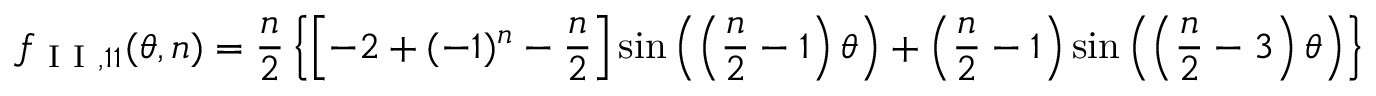
f _ { \mathrm { ~ I ~ I ~ } , 1 1 } ( \theta , n ) = \frac { n } { 2 } \left\{ \left[ - 2 + ( - 1 ) ^ { n } - \frac { n } { 2 } \right] \sin \left( \left( \frac { n } { 2 } - 1 \right) \theta \right) + \left( \frac { n } { 2 } - 1 \right) \sin \left( \left( \frac { n } { 2 } - 3 \right) \theta \right) \right\}